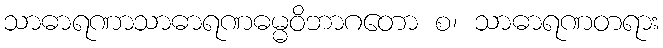
သာဓာရဏာသာဓာရဏဓမ္မဝိဘာဂတော စ၊ သာဓာရဏတရား